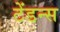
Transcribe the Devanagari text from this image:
टेंडन्स